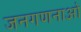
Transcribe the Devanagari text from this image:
जनगणनाओ